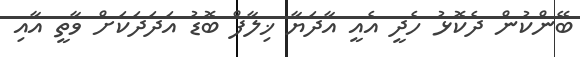
ބޭންކުން ދެކޮޅު ހެދީ އެއީ އާދަޔާ ޚިލާފް ބޮޑު އަދަދަކަށް ވާތީ އާއި